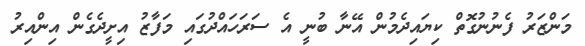
މަންޒަރު ފެނުނުގޮތް ކިޔައިދެމުން އޭނާ ބުނީ އެ ސަރަހައްދުގައި މަފާޒު އިށީދެގެން އިންއިރު